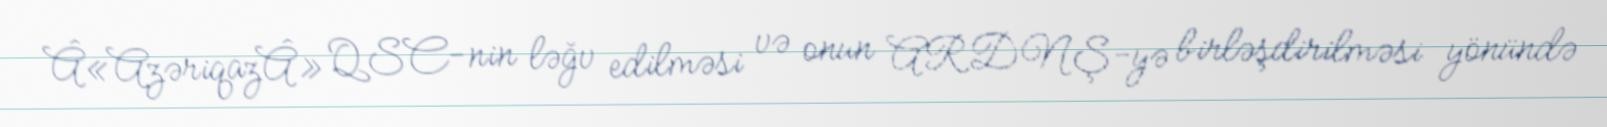
Â«AzəriqazÂ» QSC-nin ləğv edilməsi və onun ARDNŞ-yə birləşdirilməsi yönündə